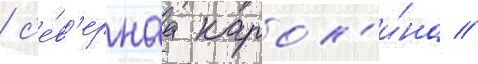
/ с'е́в'ернаа карол'и́на //